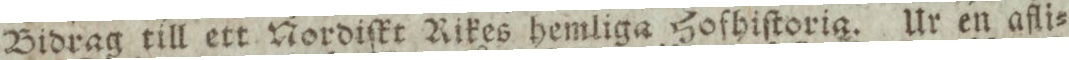
Bidrag till ett Nordiſkt Rikes hemliga Hofhiſtoria. Ur en afli=